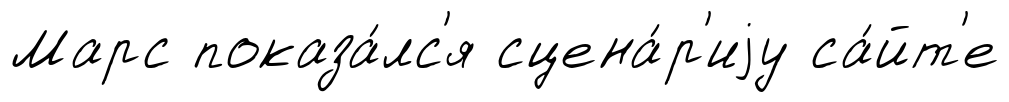
Марс показа́лс'я сцена́р'иjу са́йт'е